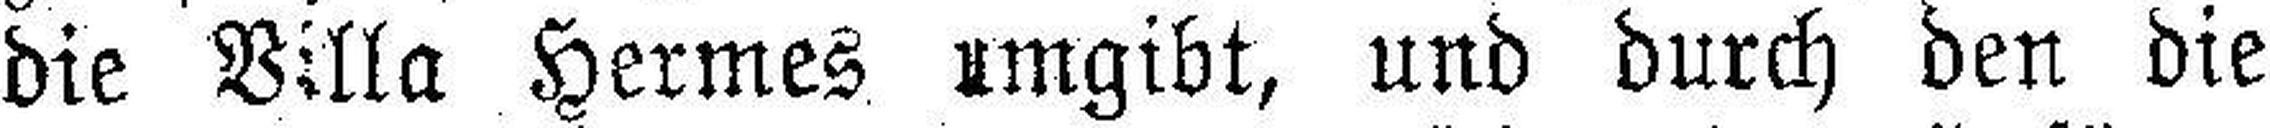
die Villa Hermes umgibt, und durch den die